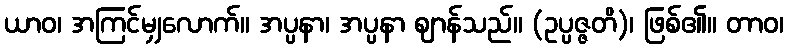
ယာဝ၊ အကြင်မျှလောက်။ အပ္ပနာ၊ အပ္ပနာ ဈာန်သည်။ (ဥပ္ပဇ္ဇတိ)၊ ဖြစ်၏။ တာဝ၊